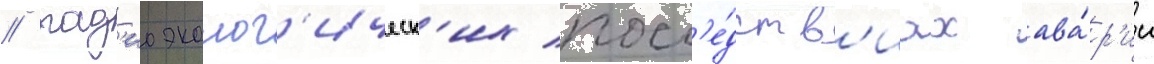
/ рад'иоэколог'ическ'их посл'е́дств'иах ава́р'ии